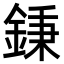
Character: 𨧺